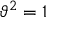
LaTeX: \vartheta ^ { 2 } = 1